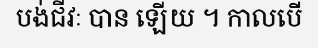
បង់ជីវៈ បាន ឡើយ ។ កាលបើ